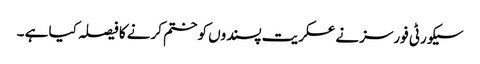
سیکورٹی فورسز نے عسکریت پسندوں کو ختم کرنے کا فیصلہ کیا ہے ۔